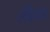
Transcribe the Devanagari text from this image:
लीवड